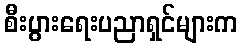
စီးပွားရေးပညာရှင်များက